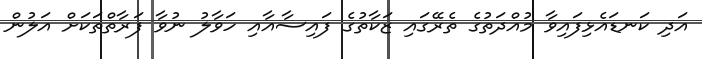
އަދި ކަނޑައެޅިފައިވާ މުއްދަތުގެ ތެރޭގައި ޒަކާތުގެ ފައިސާއާއި ހަވާލު ނުވާ ފަރާތްތަކަށް އަލުން